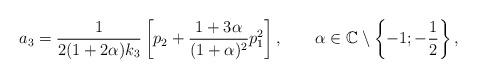
LaTeX: \begin{align*} a_3=\frac{1}{2(1+2\alpha)k_3}\left[p_2+\frac{1+3\alpha}{(1+\alpha)^2}p_1^2\right],\quad\quad\alpha\in\mathbb{C}\setminus\left\{-1;-\frac{1}{2}\right\},\end{align*}